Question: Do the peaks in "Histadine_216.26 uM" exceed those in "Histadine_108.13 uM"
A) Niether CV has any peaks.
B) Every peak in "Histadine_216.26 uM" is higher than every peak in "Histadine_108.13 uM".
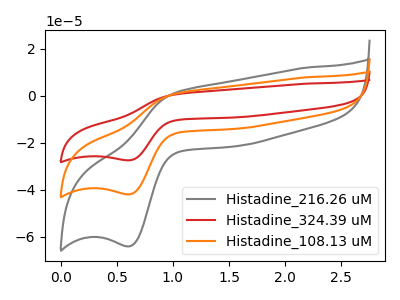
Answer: <think>The gray curve "Histadine_216.26 uM" has an anodic peak at (1.00V, 1.20uA) and a cathodic peak at (0.60V, -64.15uA). The red curve "Histadine_324.39 uM" has an anodic peak at (1.00V, 1.60uA) and a cathodic peak at (0.60V, -84.05uA). The orange curve "Histadine_108.13 uM" has an anodic peak at (1.00V, 0.80uA) and a cathodic peak at (0.60V, -42.00uA).</think>
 <answer>B) Every peak in "Histadine_216.26 uM" is higher than every peak in "Histadine_108.13 uM".</answer>
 <eval>B</eval>